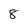
Character: 8